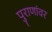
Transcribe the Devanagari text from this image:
पुराणांवर